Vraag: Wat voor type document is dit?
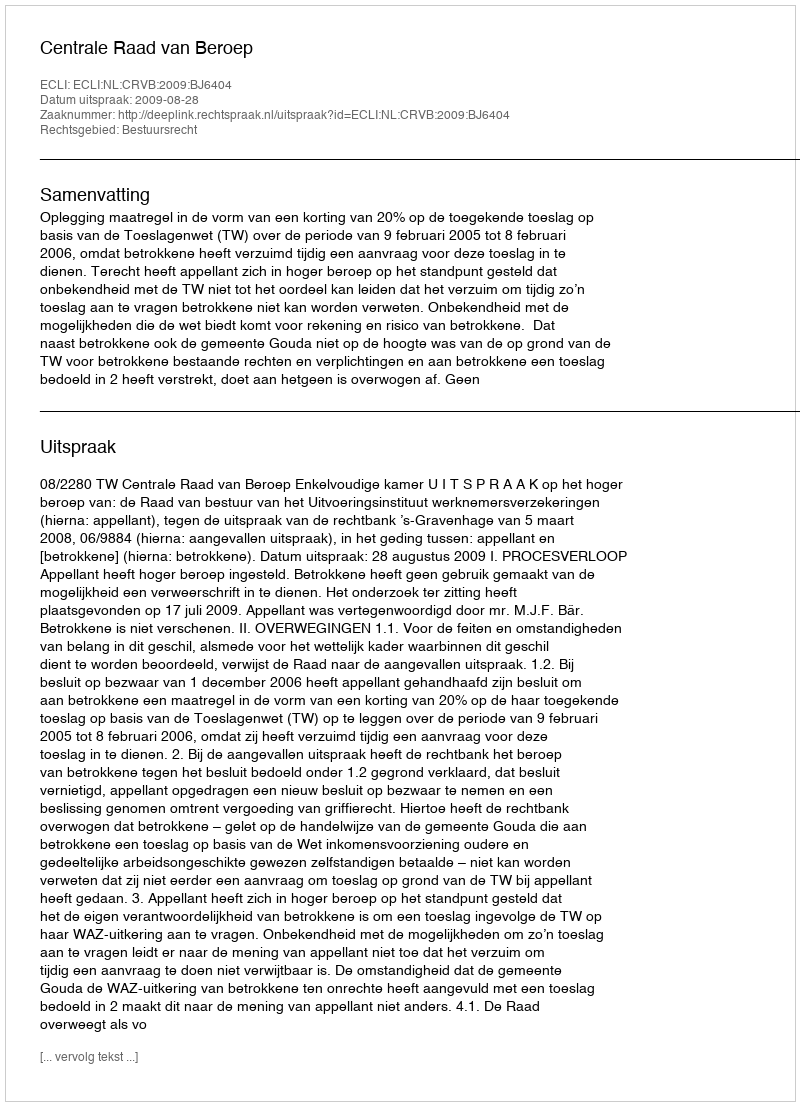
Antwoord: Uitspraak